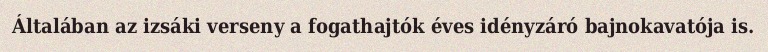
Általában az izsáki verseny a fogathajtók éves idényzáró bajnokavatója is.